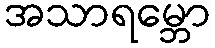
အသာရမ္ဘော